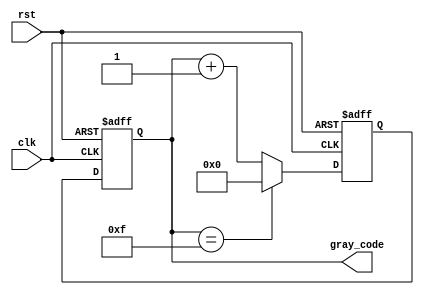
module gray_code_ring_counter 
#(
parameter WIDTH = 4 
)
(
input wire clk,
input wire rst,
output reg [WIDTH-1:0] gray_code
);

reg [WIDTH-1:0] next_state;

always @(posedge clk or posedge rst)
if(rst)
  gray_code <= {WIDTH{1'b0}};
else
  gray_code <= next_state;

always @(posedge clk or posedge rst)
if(rst)
  next_state <= {WIDTH{1'b0}};
else
begin
  if(gray_code == ((1 << WIDTH) - 1))
    next_state <= {WIDTH{1'b0}};
  else
    next_state <= gray_code + 1;
end

endmodule